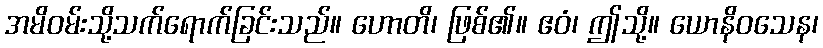
အမိဝမ်းသို့သက်ရောက်ခြင်းသည်။ ဟောတိ၊ ဖြစ်၏။ ဧဝံ၊ ဤသို့။ ယောနိဝသေန၊